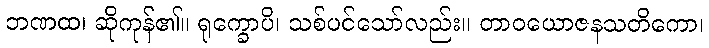
ဘဏထ၊ ဆိုကုန်၏။ ရုက္ခောပိ၊ သစ်ပင်သော်လည်း။ တာဝယောဇနသတိကော၊